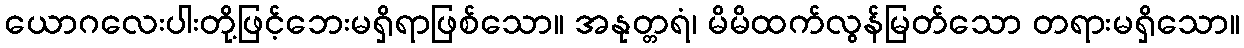
ယောဂလေးပါးတို့ဖြင့်ဘေးမရှိရာဖြစ်သော။ အနုတ္တရံ၊ မိမိထက်လွန်မြတ်သော တရားမရှိသော။